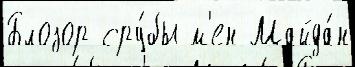
Блозор сру́бы м'ен Майда́н